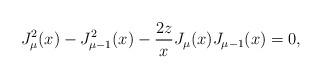
LaTeX: \begin{align*}J_{\mu}^2 (x) - J_{\mu-1}^2 (x) - \frac{2 z}{x} J_{\mu}(x) J_{\mu-1}(x) =0,\end{align*}